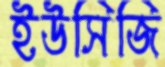
ইউসিজি